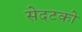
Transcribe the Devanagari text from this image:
सेदटको